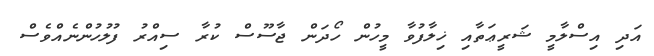
އަދި އިސްލާމީ ޝަރީޢަތާއި ޚިލާފުވާ މީހުން ހޯދަން ޖާސޫސް ކުރާ ސިއްރު ފުލުހުންނެއްވެސް